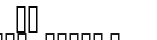
٣٩